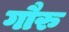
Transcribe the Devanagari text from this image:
गौरु